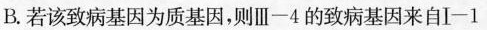
B.若该致病基因为质基因，则Ⅲ-4的致病基因来自I-1